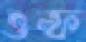
ওল্ফ